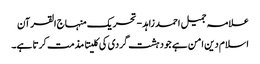
علامہ جمیل احمد زاہد - تحریک منہاج القرآن
اسلام دین امن ہے جو دہشت گردی کی کلیتا مذمت کرتا ہے۔